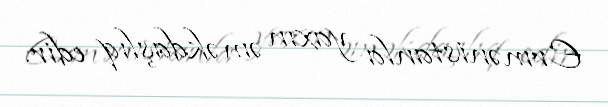
Ermənistanla yaxın əməkdaşlıq edir.